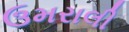
ઉમરાલી